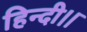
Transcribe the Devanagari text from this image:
हिन्दी।।